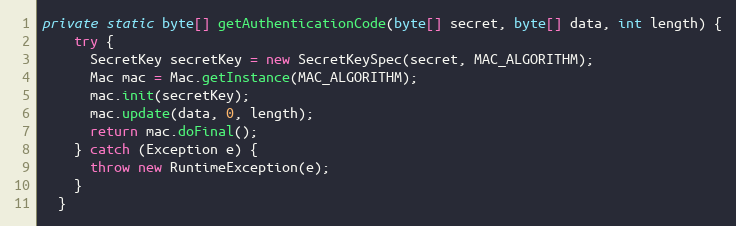
Language: Java
private static byte[] getAuthenticationCode(byte[] secret, byte[] data, int length) {
    try {
      SecretKey secretKey = new SecretKeySpec(secret, MAC_ALGORITHM);
      Mac mac = Mac.getInstance(MAC_ALGORITHM);
      mac.init(secretKey);
      mac.update(data, 0, length);
      return mac.doFinal();
    } catch (Exception e) {
      throw new RuntimeException(e);
    }
  }